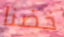
خضنا